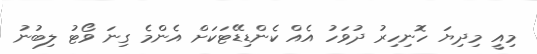
މިއީ މިދިޔަ ހޮނިހިރު ދުވަހު އެއް ކެންޑިޑޭޓަކަށް އެންމެ ގިނަ ވޯޓު ލިބުނު